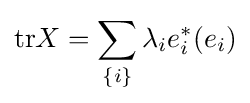
{\mbox{tr}}X=\sum _{\{i\}}\lambda _{i}e_{i}^{*}(e_{i})